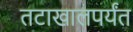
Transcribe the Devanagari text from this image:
तटाखालपर्यंत